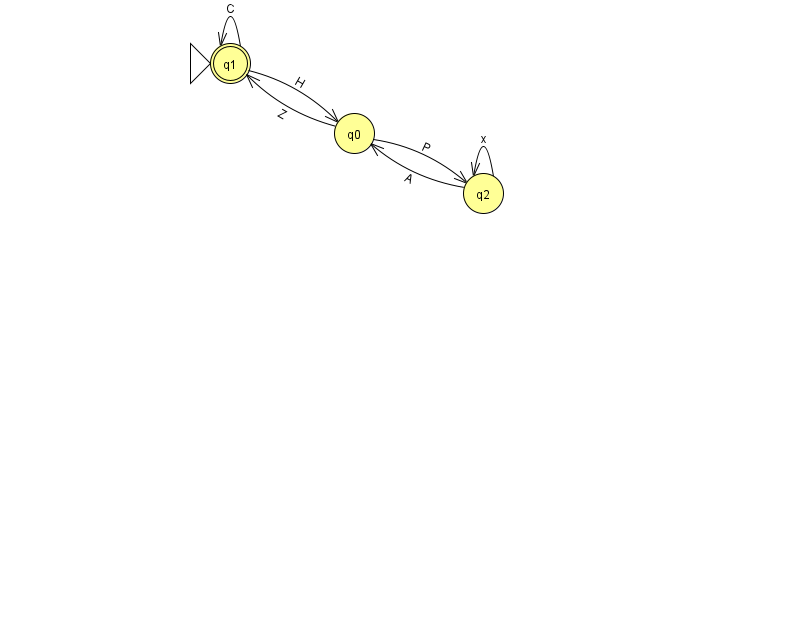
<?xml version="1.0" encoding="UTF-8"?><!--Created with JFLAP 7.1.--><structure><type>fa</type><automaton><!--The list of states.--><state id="0" name="q0"><x>354.0</x><y>120.0</y></state><state id="1" name="q1"><x>230.0</x><y>50.0</y><initial/><final/></state><state id="2" name="q2"><x>483.0</x><y>180.0</y></state><!--The list of transitions.--><transition><from>1</from><to>1</to><read>C</read></transition><transition><from>0</from><to>2</to><read>P</read></transition><transition><from>2</from><to>0</to><read>A</read></transition><transition><from>2</from><to>2</to><read>x</read></transition><transition><from>1</from><to>0</to><read>H</read></transition><transition><from>0</from><to>1</to><read>Z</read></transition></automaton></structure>